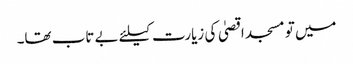
میں تو مسجد اقصیٰ کی زیارت کیلئے بے تاب تھا۔